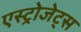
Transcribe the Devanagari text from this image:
एस्‍ट्रोजेट्स